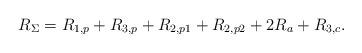
LaTeX: \begin{align*}R_\Sigma &= R_{1,p} + R_{3,p} + R_{2,p1} + R_{2,p2} + 2R_{a} + R_{3,c}. \end{align*}